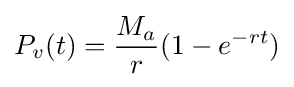
P_{v}(t)={\frac {M_{a}}{r}}(1-e^{-rt})